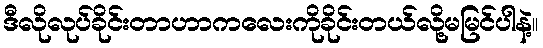
ဒီလိုလုပ်ခိုင်းတာဟာကလေးကိုခိုင်းတယ်လို့မမြင်ပါနဲ့။